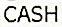
CASH